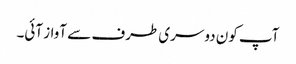
آپ کون دوسری طرف سے آواز آئی۔